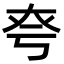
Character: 𡘆